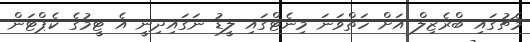
މެޗުގައި ބްރެޒިލް އަށް ހަތްވަނަ މިނެޓްގައި ލީޑު ނަގައިދިނީ އެ ޓީމުގެ ކެޕްޓަން